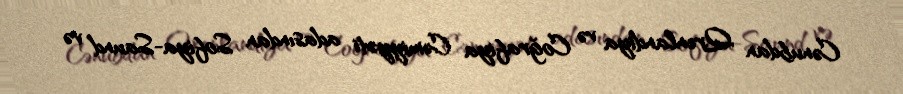
Cənubdan Qrenlandiya və Coğrafiya Cəmiyyəti adasından Sofiya-Saund və